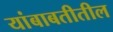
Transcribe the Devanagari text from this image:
यांबाबतीतील